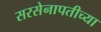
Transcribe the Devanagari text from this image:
सरसेनापतीच्या